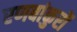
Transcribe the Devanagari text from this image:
रणबांकुरों